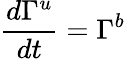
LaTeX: \frac{d\Gamma^{u}}{dt}=\Gamma^{b}